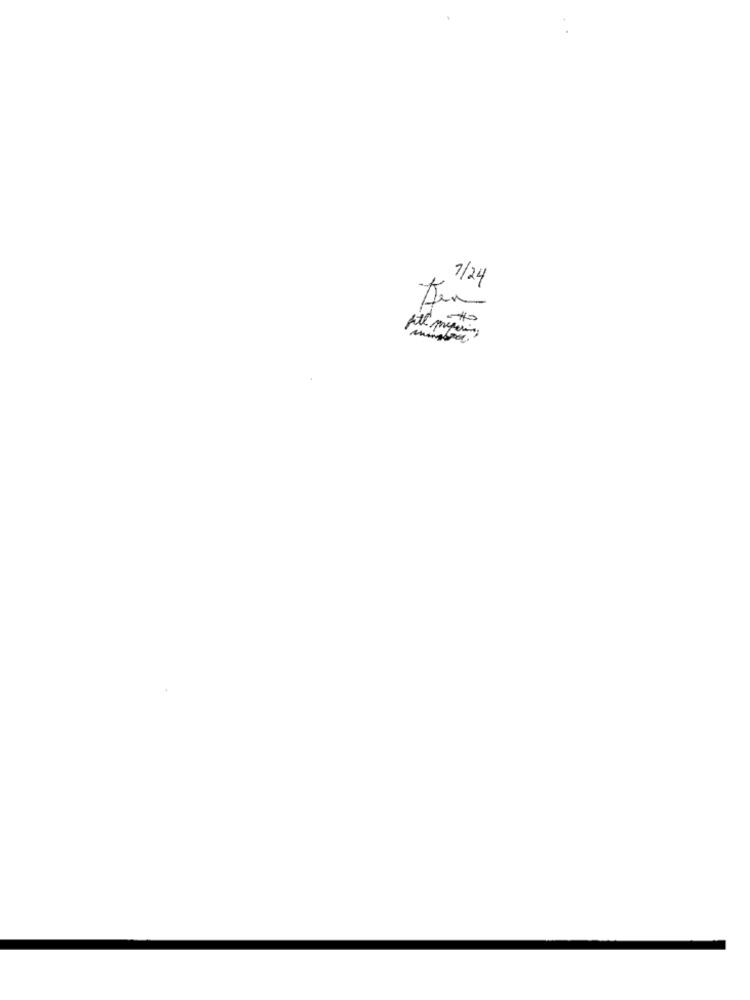
7/24